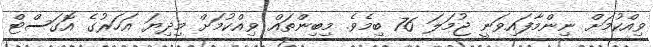
ވިއްކުމަށް ނިންމާފައިވަނީ ޖުމަލަ 76 ބިމެވެ. މިބިންތައް ވިއްކުމަށް މިދިޔަ އަހަރުގެ އޮގަސްޓް